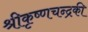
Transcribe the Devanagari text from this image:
श्रीकृष्णचन्द्रकी